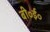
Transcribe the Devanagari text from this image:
बी॰ई॰